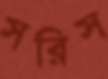
সরিস